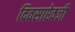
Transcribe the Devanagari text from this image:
दिवसाऐवजी